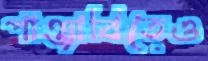
পাঞ্জাবিতেও